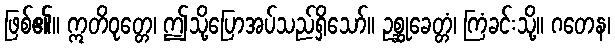
ဖြစ်၏။ ဣတိဝုတ္တေ၊ ဤသို့ပြောအပ်သည်ရှိသော်။ ဥစ္ဆုခေတ္တံ၊ ကြံခင်းသို့။ ဂတေန၊